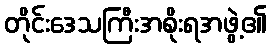
တိုင်းဒေသကြီးအစိုးရအဖွဲ့၏